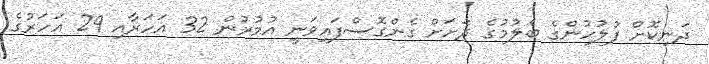
ދަނިކޮށް ފުލުހުންގެ ބެލުމުގެ ދަށަށް ގެންގޮސްފައިވަނީ އުމުރުން 32 އަހަރާއި 29 އަހަރުގެ